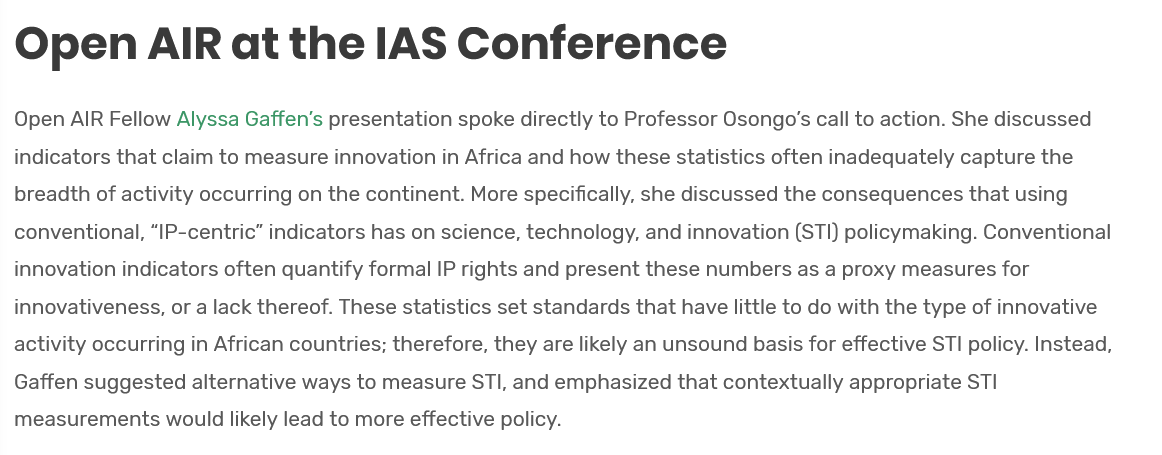
Open    AIR    at    the    IAS    Conference
  Open AIR Fellow Alyssa Gaffen’s presentation spoke directly to Professor Osongo’s call to action. She discussed
  indicators that claim to measure innovation in Africa and how these statistics often inadequately capture the
  breadth of activity occurring on the continent. More specifically, she discussed the consequences that using
  conventional, “IP-centric” indicators has on science, technology, and innovation (STI) policymaking. Conventional
  innovation indicators often quantify formal IP rights and present these numbers as a proxy measures for
  innovativeness, or a lack thereof. These statistics set standards that have little to do with the type of innovative
  activity occurring in African countries; therefore, they are likely an unsound basis for effective STI policy. Instead,
  Gaffen suggested alternative ways to measure STI, and emphasized that contextually appropriate STI
  measurements  would likely lead to more effective policy.